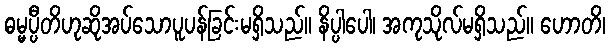
ဓမ္မပ္ပီတိဟုဆိုအပ်သောပူပန်ခြင်းမရှိသည်။ နိပ္ပါပေါ၊ အကုသိုလ်မရှိသည်။ ဟောတိ၊